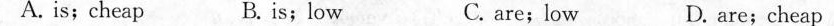
A. is;cheap B.is;low C. are;low D. are;cheap